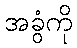
အခွံကို